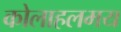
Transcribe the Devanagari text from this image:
कोलाहलमय